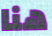
هنا